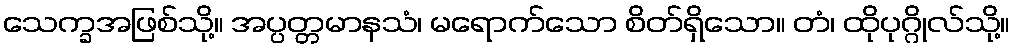
သေက္ခအဖြစ်သို့။ အပ္ပတ္တမာနသံ၊ မရောက်သော စိတ်ရှိသော။ တံ၊ ထိုပုဂ္ဂိုလ်သို့။